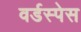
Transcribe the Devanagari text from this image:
वर्डस्पेस